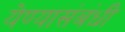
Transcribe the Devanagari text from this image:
येण्यासंबंधी